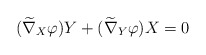
\begin{align*}(\widetilde{\nabla}_X \varphi)Y+(\widetilde{\nabla}_Y\varphi)X=0\end{align*}